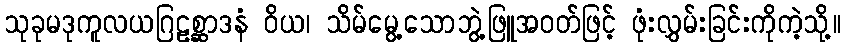
သုခုမဒုကူလယဂြဠစ္ဆာဒနံ ဝိယ၊ သိမ်မွေ့သောဘွဲ့ဖြူအဝတ်ဖြင့် ဖုံးလွှမ်းခြင်းကိုကဲ့သို့။